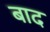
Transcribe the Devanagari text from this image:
बाद